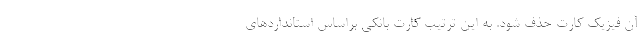
آن فیزیک کارت حذف شود. به این ترتیب کارت بانکی براساس استانداردهای